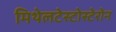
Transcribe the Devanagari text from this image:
मिथेलटेस्टोस्टेरोन